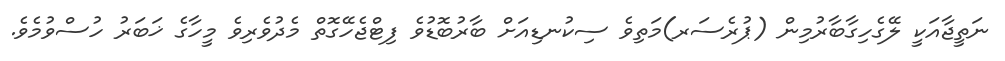
ނަތީޖާއަކީ ލޭގެހިގާބާރުމިން (ޕުރެސަރ)މަތިވެ ސިކުނޑިއަށް ބާރުބޮޑުވެ ފިޓްޖެހޭގޮތް މެދުވެރިވެ މީހާގެ ޚަބަރު ހުސްވުމެވެ.